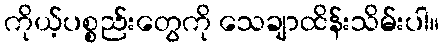
ကိုယ့်ပစ္စည်းတွေကို သေချာထိန်းသိမ်းပါ။